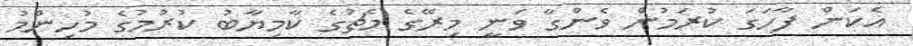
އެކަން ފާހަގަ ކުރަމުން ވެންގާ ވަނީ މިރޭގެ މެޗުގެ ކާމިޔާބު ކުރުމުގެ މުހިންމު